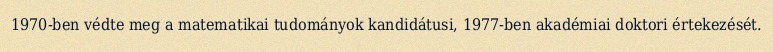
1970-ben védte meg a matematikai tudományok kandidátusi, 1977-ben akadémiai doktori értekezését.